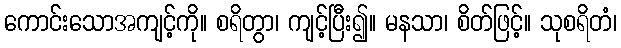
ကောင်းသောအကျင့်ကို။ စရိတွာ၊ ကျင့်ပြီး၍။ မနသာ၊ စိတ်ဖြင့်။ သုစရိတံ၊